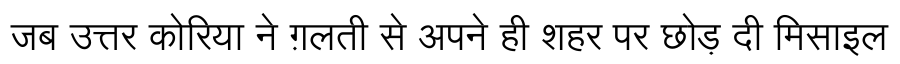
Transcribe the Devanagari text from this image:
जब उत्तर कोरिया ने ग़लती से अपने ही शहर पर छोड़ दी मिसाइल